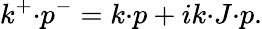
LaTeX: k^{+}{\cdot}p^{-}=k{\cdot}p+ik{\cdot}J{\cdot}p.